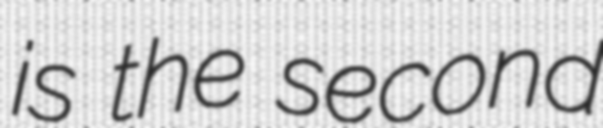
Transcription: is the second